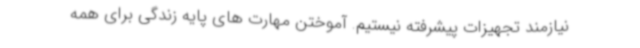
نیازمند تجهیزات پیشرفته نیستیم. آموختن مهارت های پایه زندگی برای همه